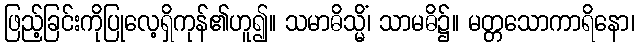
ဖြည့်ခြင်းကိုပြုလေ့ရှိကုန်၏ဟူ၍။ သမာဓိသ္မိံ၊ သာမဓိ၌။ မတ္တသောကာရိနော၊